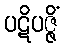
ပဋိပဇ္ဇိံ